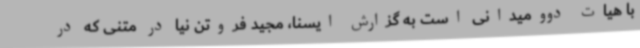
با هیات دوومیدانی است به گزارش ایسنا، مجید فروتن نیا در متنی که در